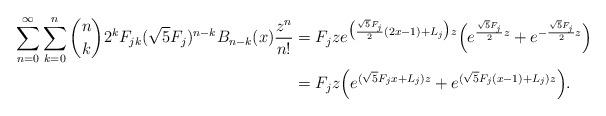
LaTeX: \begin{align*}\sum_{n=0}^\infty \sum_{k=0}^n {n\choose k} 2^k F_{jk} (\sqrt{5}F_j)^{n-k} B_{n-k}(x) \frac{z^n}{n!}& = F_j z e^{\big(\frac{\sqrt{5}F_j}{2}(2x-1) + L_j\big) z}\Big (e^{\frac{\sqrt{5}F_j}{2} z} + e^{-\frac{\sqrt{5}F_j}{2}z}\Big ) \\& = F_j z \Big (e^{(\sqrt{5}F_j x + L_j) z} + e^{(\sqrt{5}F_j(x-1) + L_j)z}\Big ).\end{align*}